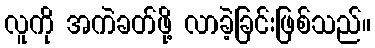
လူကို အကဲခတ်ဖို့ လာခဲ့ခြင်းဖြစ်သည်။